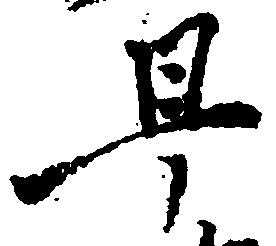
早